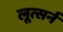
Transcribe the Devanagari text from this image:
लूत्सर्न